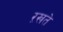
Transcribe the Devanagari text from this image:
ऱखते